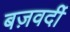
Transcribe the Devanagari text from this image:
बज़वर्दी